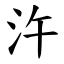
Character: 汻